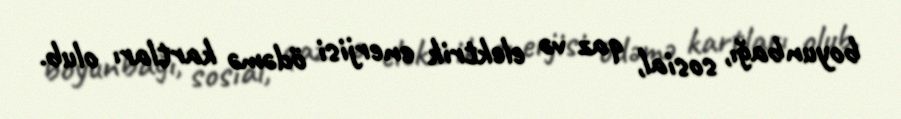
boyunbağı, sosial, qaz və elektrik enerjisi ödəmə kartları olub.